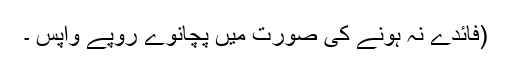
(فائدے نہ ہونے کی صورت میں پچانوے روپے واپس ۔